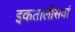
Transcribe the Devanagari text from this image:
इकतालीसवां